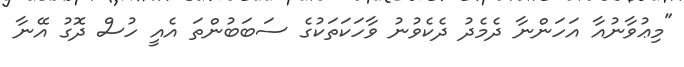
"މިޢުވާނުއާ އަހަންނާ ދެމެދު ދެކެވުނު ވާހަކަތަކުގެ ސަބަބުންތަ އެއީ ހުސް ދޮގު އޭނާ